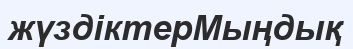
жүздіктерМыңдық